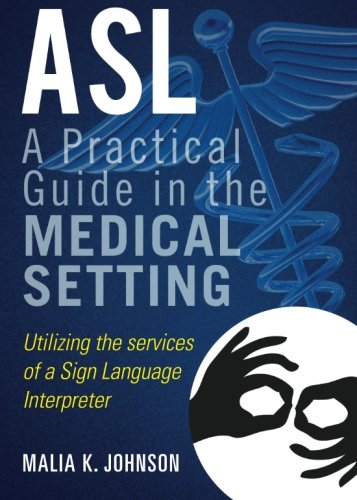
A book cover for ASL: A Practical Guide in the medical setting; Malia K. Johnson; Health, Fitness & Dieting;